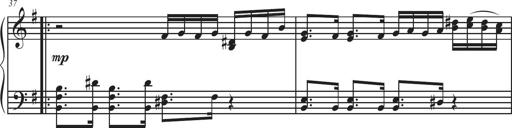
Title: Sonatina Espania
Composer: Jerald Franklin Archer
Key: Various